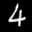
Label: 4